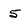
Character: 5